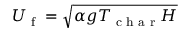
U _ { \textrm { f } } = \sqrt { \alpha g T _ { \textrm { c h a r } } H }